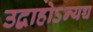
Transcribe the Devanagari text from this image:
उद्वाहोऽन्यच्च